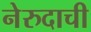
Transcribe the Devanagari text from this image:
नेरुदाची